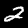
Label: 2